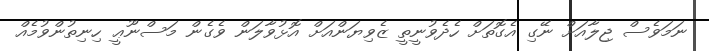
ނަމަވެސް ޖިލާއަށް ނޭގި އެގޮތަށް ހެދެވުނީތީ ޒެވިޔަންއަށް އޮޅުވާލަން ވެގެން މަސްނޫޢީ ހިނިތުންވުމެއް